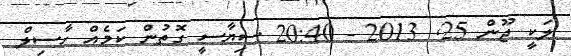
ލަކީ ޖޫން 25